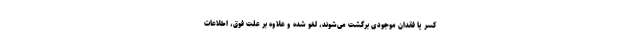
کسر یا فقدان موجودی برگشت می‌شوند، لغو شده و علاوه بر علت فوق، اطلاعات